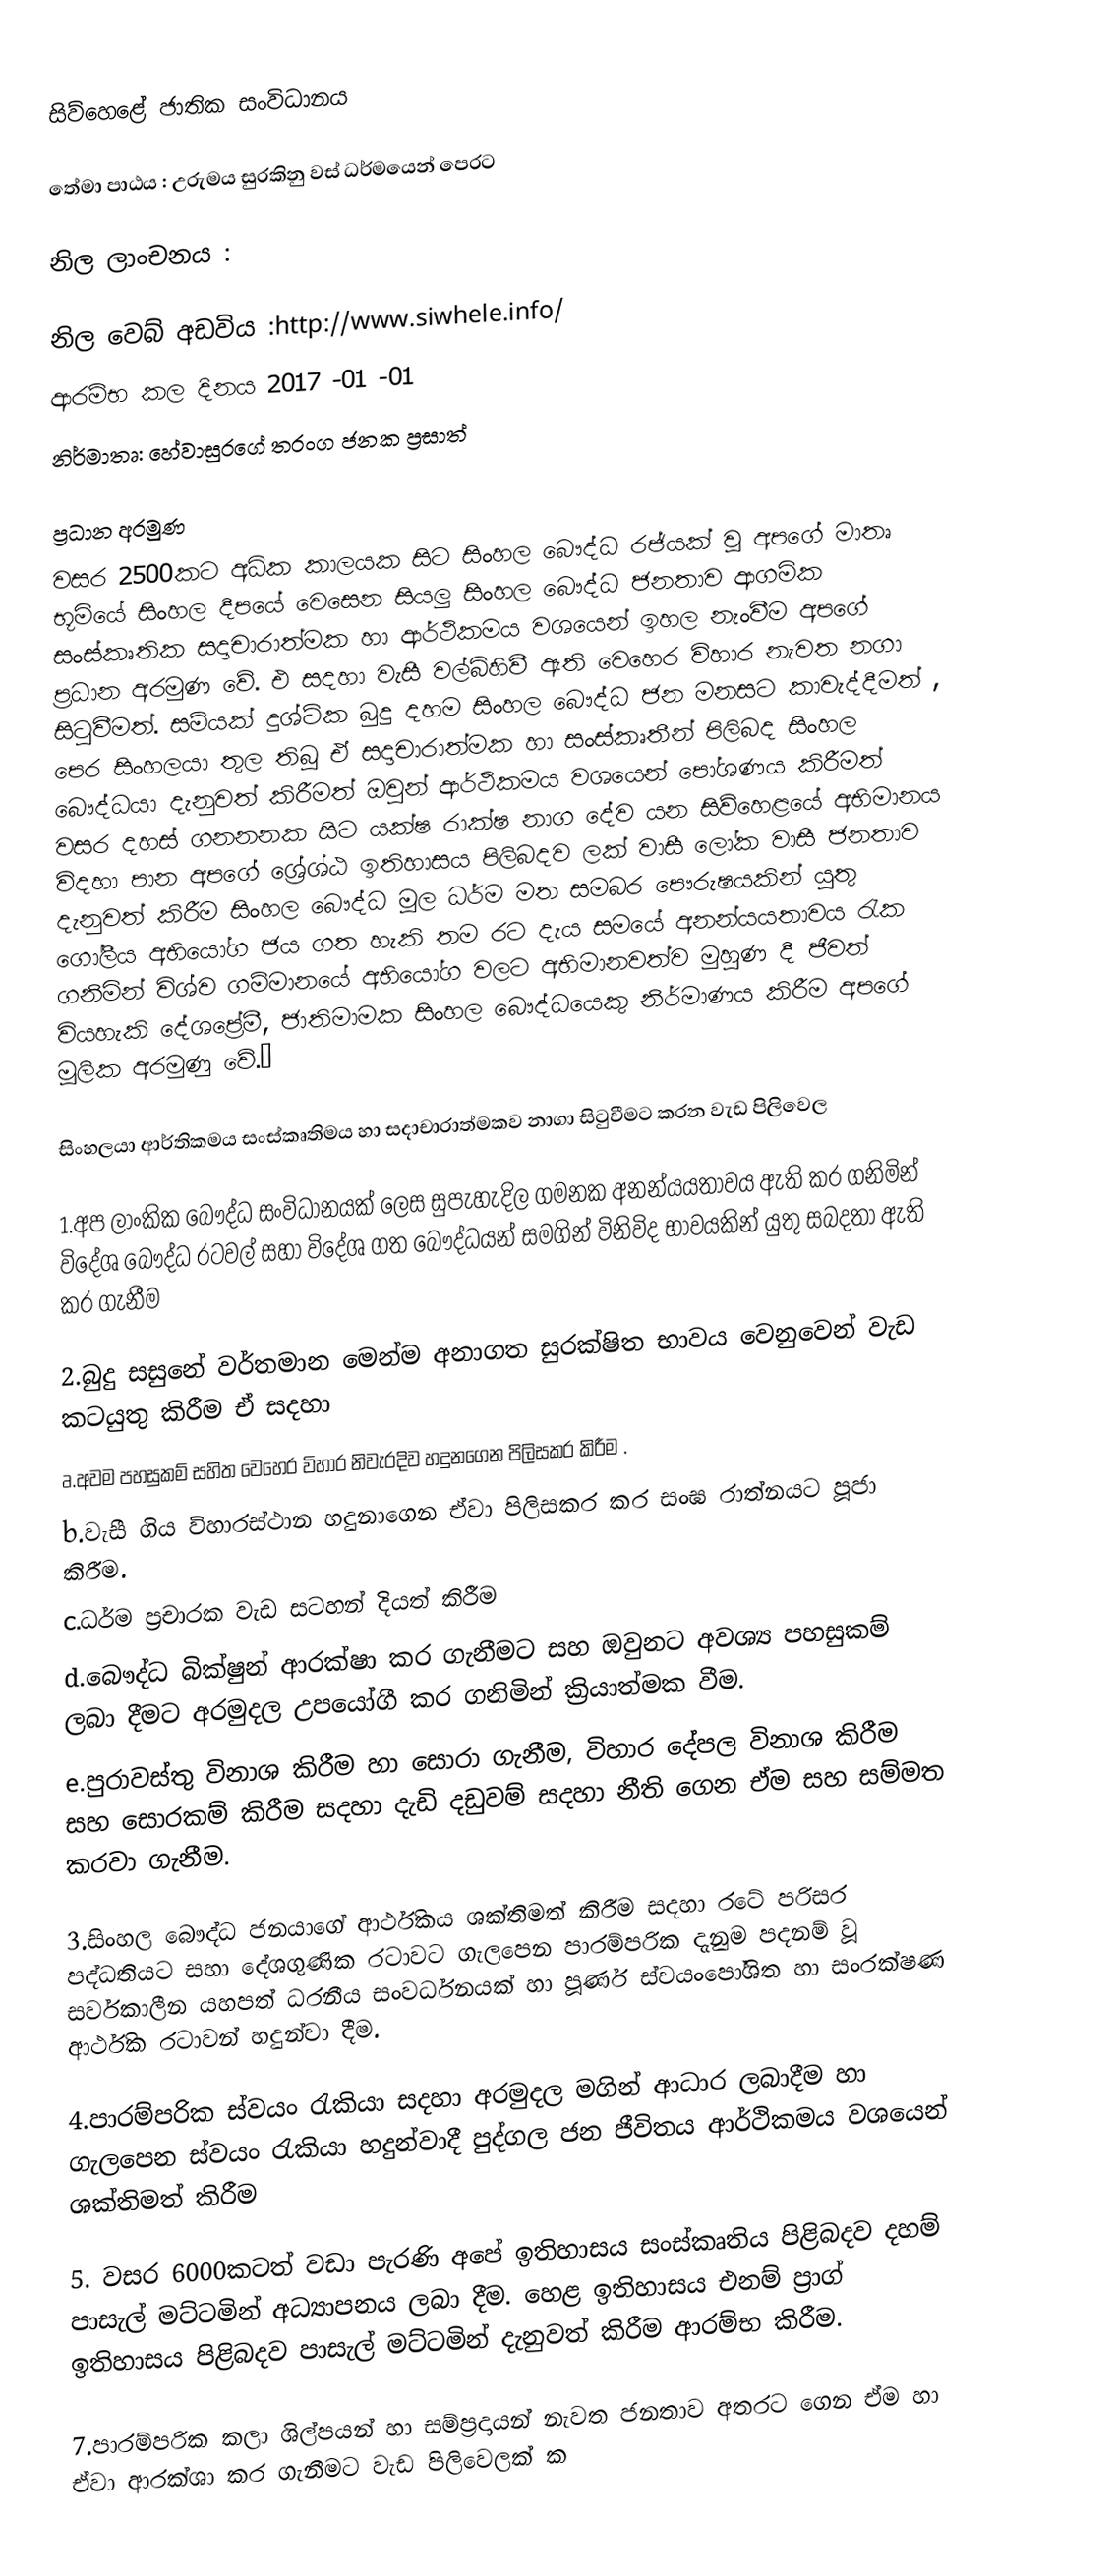
සිව්හෙළේ ජාතික සංවිධානය

තේමා පාඨය : උරුමය සුරකිනු වස් ධර්මයෙන් පෙරට

නිල ලාංචනය :

නිල වෙබ් අඩවිය :http://www.siwhele.info/
ආරම්භ කල දිනය 2017 -01 -01
නිර්මාතෘ: හේවාසුරගේ තරංග ජනක ප්‍රසාත්

ප්‍රධාන අරමුණ
වසර 2500කට අධික කාලයක සිට සිංහල බෞද්ධ  රජ්යක් වූ අපගේ මාතෘ භූමියේ  සිංහල දීපයේ වෙසෙන සියලු සිංහල බෞද්ධ ජනතාව ආගමික සංස්කෘතික සදාචාරාත්මක හා  ආර්ථිකමය වශයෙන් ඉහල නැංවීම අපගේ ප්‍රධාන අරමුණ වේ. එ සදහා වැසී වල්බිහිවී ඇති වෙහෙර විහාර නැවත නගා සිටුවීමත්. සම්යක් දුශ්ටික බුදු දහම  සිංහල බෞද්ධ ජන මනසට කාවැද්දීමත් , පෙර සිංහලයා තුල තිබූ ඒ සදාචාරාත්මක හා සංස්කෘතීන් පිලිබද සිංහල බෞද්ධයා දැනුවත් කිරීමත් ඔවුන් ආර්ථිකමය  වශයෙන් පෝශණය කිරීමත් වසර දහස් ගනනනක සිට යක්ෂ රාක්ෂ නාග දේව යන සිව්හෙළයේ  අභිමානය විදහා පාන අපගේ  ශ්‍රේශ්ඨ ඉතිහාසය පිලිබදව ලක් වාසී ලෝක වාසී ජනතාව දැනුවත් කිරීම   සිංහල  බෞද්ධ  මූල ධර්ම  මත සමබර පෞරුෂයකින් යුතු ගෝලීය අභියෝග ජය ගත හැකි  තම රට දැය සමයේ අනන්යයතාවය  රැක ගනිමින්  විශ්ව ගම්මානයේ අභියෝග වලට අභිමානවත්ව  මුහුණ දී ජීවත් වියහැකි දේශප්‍රේමී, ජාතිමාමක සිංහල බෞද්ධයෙකු නිර්මාණය කිරීම අපගේ මූලික අරමුණු වේ.”

සිංහලයා  ආර්තිකමය සංස්කෘතිමය හා සදාචාරාත්මකව නාගා සිටුවීමට  කරන වැඩ පිලිවෙල

1.අප ලාංකික බෞද්ධ සංවිධානයක් ලෙස සුපැහැදිල ගමනක අනන්යයතාවය ඇති කර ගනිමින් විදේශ බෞද්ධ රටවල් සහා  විදේශ ගත බෞද්ධයන් සමගින් විනිවිද භාවයකින් යුතු සබදතා ඇති කර ගැනීම

2.බුදු සසුනේ වර්තමාන මෙන්ම අනාගත සුරක්ෂිත භාවය වෙනුවෙන් වැඩ කටයුතු කිරීම  ඒ සදහා
a.අවම පහසුකම් සහිත වෙහෙර විහාර නිවැරදිව හදුනගෙන පිලිසකර කිරීම .
b.වැසී ගිය විහාරස්ථාන හදුනාගෙන ඒවා පිලිසකර කර සංඝ රාත්නයට පූජා කිරීම.
c.ධර්ම ප්‍රචාරක වැඩ සටහන් දියත් කිරීම
d.බෞද්ධ බික්ෂුන් ආරක්ෂා කර ගැනීමට සහ ඔවුනට අවශ්‍ය පහසුකම් ලබා දීමට අරමුදල උපයෝගී කර ගනිමින් ක්‍රියාත්මක  වීම.
e.පුරාවස්තු විනාශ කිරීම හා සොරා ගැනීම, විහාර දේපල විනාශ කිරීම සහ සොරකම් කිරීම සදහා දැඩි දඩුවම් සදහා නීති ගෙන ඒම සහ සම්මත කරවා ගැනීම.

3.සිංහල බෞද්ධ ජනයාගේ ආර්ථිකය ශක්තිමත් කිරීම සදහා රටේ පරිසර පද්ධතියට සහා දේශගුණික රටාවට ගැලපෙන පාරම්පරික දැනුම පදනම් වූ සර්වකාලීන යහපත් ධරනීය සංවර්ධනයක් හා පූර්ණ ස්වයංපෝශිත හා සංරක්ෂණ ආර්ථික රටාවන් හදුන්වා දීම.

4.පාරම්පරික ස්වයං රැකියා සදහා අරමුදල මගින් ආධාර ලබාදීම හා ගැලපෙන ස්වයං රැකියා හදුන්වාදී පුද්ගල ජන ජීවිතය ආර්ථිකමය වශයෙන් ශක්තිමත් කිරීම

5. වසර 6000කටත් වඩා පැරණි අපේ ඉතිහාසය සංස්කෘතිය පිළිබදව දහම් පාසැල් මට්ටමින් අධ්‍යාපනය ලබා දීම. හෙළ ඉතිහාසය එනම් ප්‍රාග් ඉතිහාසය පිළිබදව පාසැල් මට්ටමින් දැනුවත් කිරීම ආරම්භ කිරීම.

7.පාරම්පරික කලා ශිල්පයන් හා සම්ප්‍රදායන් නැවත ජනතාව අතරට ගෙන ඒම හා ඒවා ආරක්ශා කර ගැනීමට වැඩ පිලිවෙලක්  ක